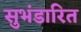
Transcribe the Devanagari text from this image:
सुभंडारित